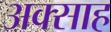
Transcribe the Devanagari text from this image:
अक्साह